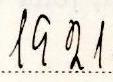
1921